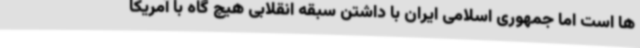
ها است اما جمهوری اسلامی ایران با داشتن سبقه انقلابی هیچ گاه با آمریکا